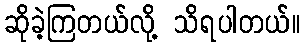
ဆိုခဲ့ကြတယ်လို့ သိရပါတယ်။